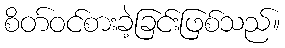
စိတ်ဝင်စားခဲ့ခြင်းဖြစ်သည်။